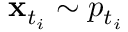
\mathbf { x } _ { t _ { i } } \sim p _ { t _ { i } }